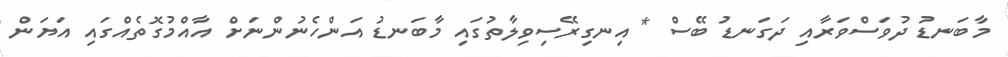
މާބަނޑު ދުވަސްވަރާއި ދަގަނޑު ބޭސް * އިނގިރޭސިވިލާތުގައި މާބަނޑު އަންހެނުންނަށް އާއްމުގޮތެއްގައި އަޔަން